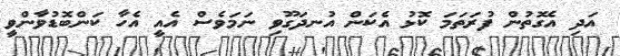
އަދި އެގޮތުން ފުރަތަމަ ކޮޅު އެކަން އުނދަގޫވި ނަމަވެސް އެއީ އެހާ ކަންބޮޑުވާންވީ